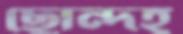
ছোন্দহ